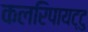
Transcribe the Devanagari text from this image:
कलरिपायट्टु